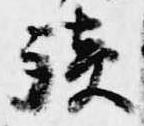
談